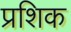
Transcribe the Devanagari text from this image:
प्रशिक